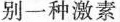
别一种激素